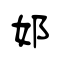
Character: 邚